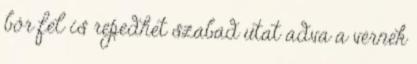
bőr fel is repedhet szabad utat adva a vérnek